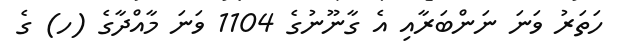
ހަތަރު ވަނަ ނަންބަރާއި އެ ގާނޫނުގެ 1104 ވަނަ މާއްދާގެ (ހ) ގެ